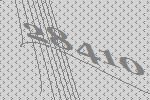
28410